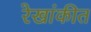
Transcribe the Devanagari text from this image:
रेखांकीत